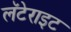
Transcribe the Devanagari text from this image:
लॅटेराइट